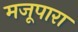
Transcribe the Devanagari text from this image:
मजूपारा